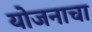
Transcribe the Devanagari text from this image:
योजनाचा